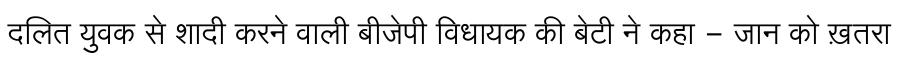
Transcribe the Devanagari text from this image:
दलित युवक से शादी करने वाली बीजेपी विधायक की बेटी ने कहा - जान को ख़तरा